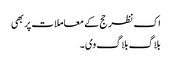
اک نظر حج کے معاملات پر بھی
بلاگ بلاگ وی۔